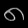
Digit: ၈